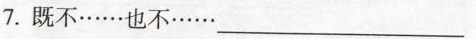
7.既不……也不……___